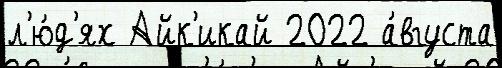
л'ю́д'ях Айк'икай 2022 а́вгуста